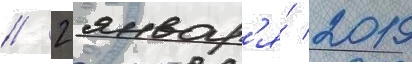
// 2 январ'я́ 2019